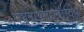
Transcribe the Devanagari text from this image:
मञ्जुनाथगद्यगौरवम्